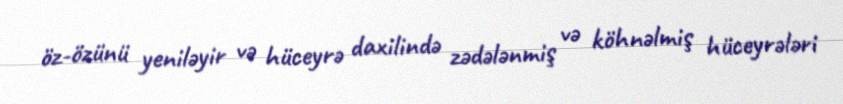
öz-özünü yeniləyir və hüceyrə daxilində zədələnmiş və köhnəlmiş hüceyrələri